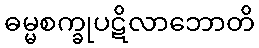
ဓမ္မစက္ခုပဋိလာဘောတိ